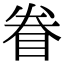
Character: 眷